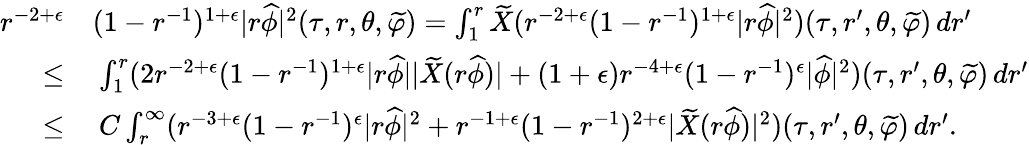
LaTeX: \begin{array}{rl}{r^{-2+\epsilon}}&{(1-r^{-1})^{1+\epsilon}|r\widehat{\phi}|^{2}(\tau,r,\theta,\widetilde{\varphi})=\int_{1}^{r}\widetilde{X}(r^{-2+\epsilon}(1-r^{-1})^{1+\epsilon}|r\widehat{\phi}|^{2})(\tau,r^{\prime},\theta,\widetilde{\varphi})\, dr^{\prime}}\\ {\leq}&{\: \int_{1}^{r}(2r^{-2+\epsilon}(1-r^{-1})^{1+\epsilon}|r\widehat{\phi}||\widetilde{X}(r\widehat{\phi})|+(1+\epsilon)r^{-4+\epsilon}(1-r^{-1})^{\epsilon}|\widehat{\phi}|^{2})(\tau,r^{\prime},\theta,\widetilde{\varphi})\, dr^{\prime}}\\ {\leq}&{\: C\int_{r}^{\infty}(r^{-3+\epsilon}(1-r^{-1})^{\epsilon}|r\widehat{\phi}|^{2}+r^{-1+\epsilon}(1-r^{-1})^{2+\epsilon}|\widetilde{X}(r\widehat{\phi})|^{2})(\tau,r^{\prime},\theta,\widetilde{\varphi})\, dr^{\prime}.}\end{array}